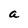
Character: a